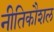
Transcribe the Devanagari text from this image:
नीतिकौशल